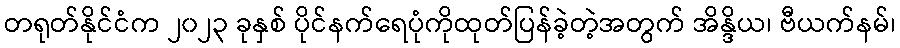
တရုတ်နိုင်ငံက ၂၀၂၃ ခုနှစ် ပိုင်နက်ရေပုံကိုထုတ်ပြန်ခဲ့တဲ့အတွက် အိန္ဒိယ၊ ဗီယက်နမ်၊